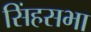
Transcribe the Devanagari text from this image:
सिंहसभा